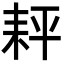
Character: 𦓬